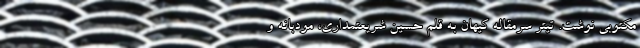
مکتوبی نوشت. تیتر سرمقاله کیهان به قلم حسین شریعتمداری، مودبانه و